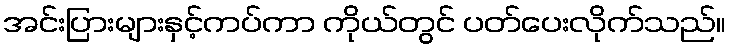
အင်းပြားများနှင့်ကပ်ကာ ကိုယ်တွင် ပတ်ပေးလိုက်သည်။